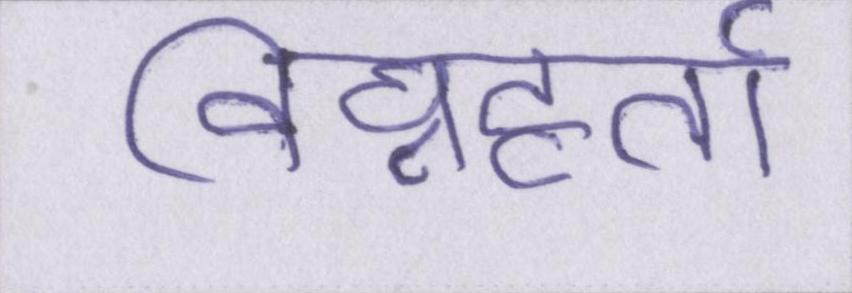
विघ्नहर्ता